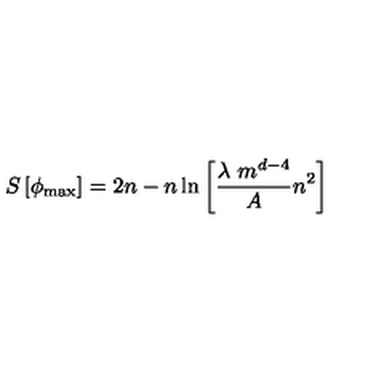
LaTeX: S \left[ \phi _ { \mathrm { m a x } } \right] = 2 n - n \ln { \left[ { \frac { \lambda \ m ^ { d - 4 } } { A } } n ^ { 2 } \right] }